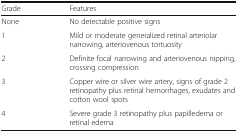
| Grade | Features |
 | --- | --- |
 | None | No detectable positive signs |
 | 1 | Mild or moderate generalized retinal arteriolar narrowing, arteriovenous tortuosity |
 | 2 | Definite focal narrowing and arteriovenous nipping, crossing compression |
 | 3 | Copper wire or silver wire artery, signs of grade 2 retinopathy plus retinal hemorrhages, exudates and cotton wool spots |
 | 4 | Severe grade 3 retinopathy plus papilledema or retinal edema |